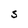
Character: s